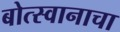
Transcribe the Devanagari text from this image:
बोत्स्वानाचा